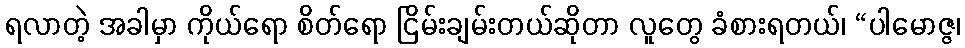
ရလာတဲ့ အခါမှာ ကိုယ်ရော စိတ်ရော ငြိမ်းချမ်းတယ်ဆိုတာ လူတွေ ခံစားရတယ်၊ “ပါမောဇ္ဇ၊